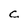
Character: C